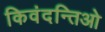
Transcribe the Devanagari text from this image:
किवंदन्तिओ